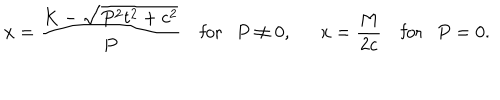
LaTeX: x = \frac { K - \sqrt { P ^ { 2 } t ^ { 2 } + c ^ { 2 } } } { P } ~ \mathrm { f o r } P \neq 0 , x = \frac { M } { 2 c } ~ \mathrm { f o r } P = 0 .